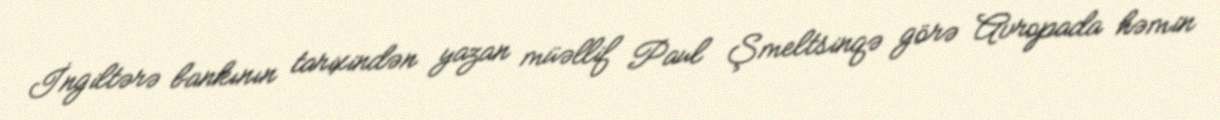
İngiltərə bankının tarixindən yazan müəllif Paul Şmeltsinqə görə Avropada həmin